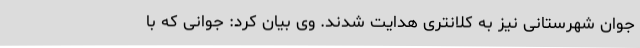
جوان شهرستانی نیز به کلانتری هدایت شدند. وی بیان کرد: جوانی که با